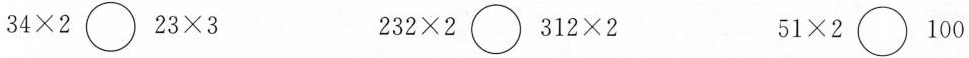
$$3 4 \times 2 \bigcirc 2 3 \times 3$$ $$2 3 2 \times 2 \bigcirc 3 1 2 \times 2$$ $$5 1 \times2 \bigcirc 1 0 0$$